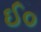
ઈ૦